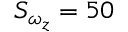
S _ { \omega _ { z } } = 5 0